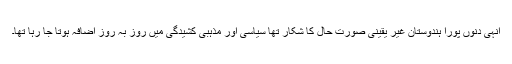
انہی دنوں پورا ہندوستان غیر یقینی صورت حال کا شکار تھا سیاسی اور مذہبی کشیدگی میں روز بہ روز اضافہ ہوتا جا رہا تھا۔